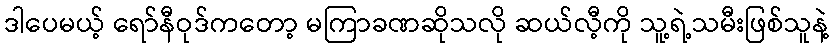
ဒါပေမယ့် ရော်နီဝုဒ်ကတော့ မကြာခဏဆိုသလို ဆယ်လီ့ကို သူ့ရဲ့သမီးဖြစ်သူနဲ့